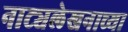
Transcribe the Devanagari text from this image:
नाट्यलेखनाच्या